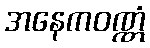
အနေကဝဏ္ဏံ